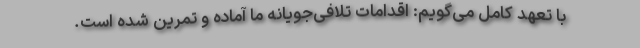
با تعهد كامل می‌گویم: اقدامات تلافی‌جویانه ما آماده و تمرین شده است.